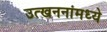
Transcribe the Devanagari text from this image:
उत्खननांमध्ये